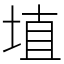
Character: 埴